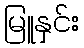
မြူနှင်း